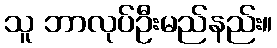
သူ ဘာလုပ်ဦးမည်နည်း။